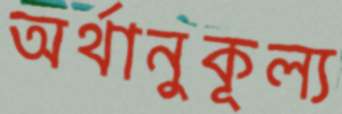
অর্থানুকূল্য